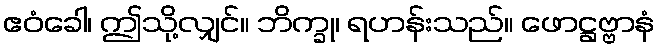
ဧဝံခေါ၊ ဤသို့လျှင်။ ဘိက္ခု၊ ရဟန်းသည်။ ဖောဋ္ဌဗ္ဗာနံ